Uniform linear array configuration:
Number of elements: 16
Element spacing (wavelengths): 0.75
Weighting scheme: cosine
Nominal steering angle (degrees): -45
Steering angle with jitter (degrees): -45.483
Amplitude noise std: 0.05
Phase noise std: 0.05

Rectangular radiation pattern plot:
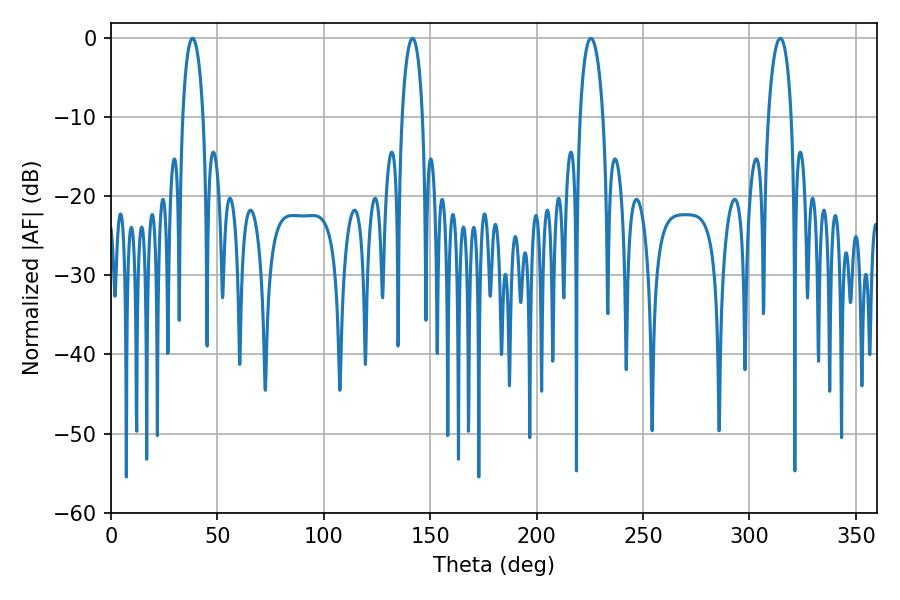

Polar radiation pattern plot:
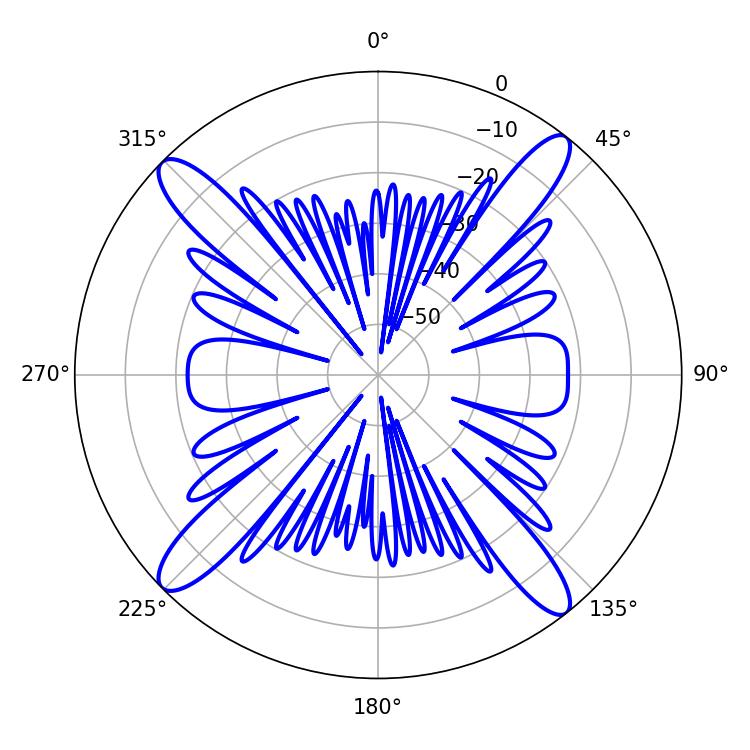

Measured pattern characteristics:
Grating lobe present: TRUE
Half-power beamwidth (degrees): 5.4
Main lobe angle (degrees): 38.34